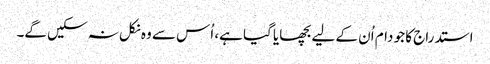
استدراج کا جو دام اُن کے لیے بچھایا گیا ہے، اُس سے وہ نکل نہ سکیں گے۔